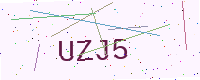
Text: UZJ5